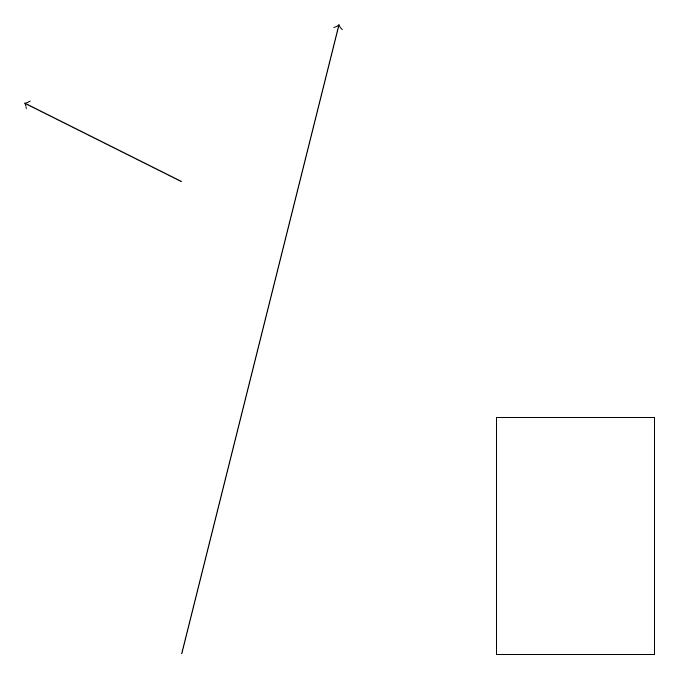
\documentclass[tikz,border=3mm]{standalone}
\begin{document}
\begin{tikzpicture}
\draw[->] (2,17) -- (0,18);
\draw[->] (2,11) -- (4,19);
\draw (8,14) rectangle (6,11);
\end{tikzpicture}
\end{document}